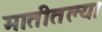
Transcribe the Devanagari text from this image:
मातीतल्या